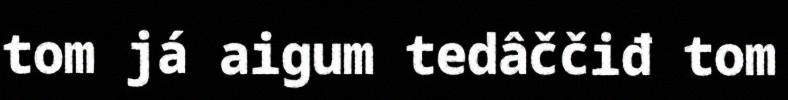
tom já aigum tedâččiđ tom